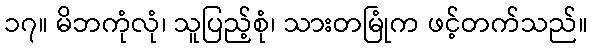
၁၇။ မိဘကုံလုံ၊ သူပြည့်စုံ၊ သားတမြုံက ဖင့်တက်သည်။